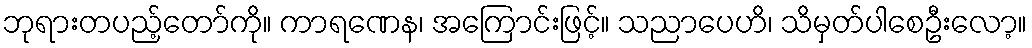
ဘုရားတပည့်တော်ကို။ ကာရဏေန၊ အကြောင်းဖြင့်။ သညာပေဟိ၊ သိမှတ်ပါစေဦးလော့။